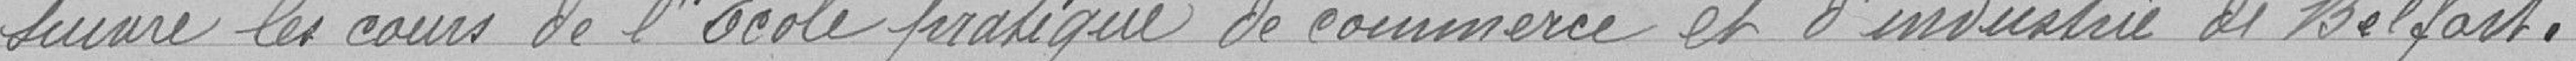
suivre les cours de l'Ecole pratique de commerce et d'industrie de Belfort.